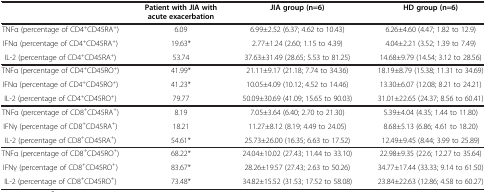
<table><thead><tr><td><b> </b></td><td><b>Patient with JIA with acute exacerbation</b></td><td><b>JIA group (n=6)</b></td><td><b>HD group (n=6)</b></td></tr></thead><tbody><tr><td>TNFα (percentage of CD4<sup>+</sup>CD45RA<sup>+</sup>)</td><td>6.09</td><td>6.99±2.52 (6.37; 4.62 to 10.43)</td><td>6.26±4.60 (4.47; 1.82 to 12.9)</td></tr><tr><td>IFNα (percentage of CD4<sup>+</sup>CD45RA<sup>+</sup>)</td><td>19.63*</td><td>2.77±1.24 (2.60; 1.15 to 4.39)</td><td>4.04±2.21 (3.52; 1.39 to 7.49)</td></tr><tr><td>IL-2 (percentage of CD4<sup>+</sup>CD45RA<sup>+</sup>)</td><td>53.74</td><td>37.63±31.49 (28.65; 5.53 to 81.25)</td><td>14.68±9.79 (14.54; 3.12 to 28.56)</td></tr><tr><td>TNFα (percentage of CD4<sup>+</sup>CD45RO<sup>+</sup>)</td><td>41.99*</td><td>21.11±9.17 (21.18; 7.74 to 34.36)</td><td>18.19±8.79 (15.38; 11.31 to 34.69)</td></tr><tr><td>IFNα (percentage of CD4<sup>+</sup>CD45RO<sup>+</sup>)</td><td>41.23*</td><td>10.05±4.09 (10.12; 4.52 to 14.46)</td><td>13.30±6.07 (12.08; 8.21 to 24.21)</td></tr><tr><td>IL-2 (percentage of CD4<sup>+</sup>CD45RO<sup>+</sup>)</td><td>79.77</td><td>50.09±30.69 (41.09; 15.65 to 90.03)</td><td>31.01±22.65 (24.37; 8.56 to 60.41)</td></tr><tr><td>TNFα (percentage of CD8<sup>+</sup>CD45RA<sup>+</sup>)</td><td>8.19</td><td>7.05±3.64 (6.40; 2.70 to 21.30)</td><td>5.39±4.04 (4.35; 1.44 to 11.80)</td></tr><tr><td>IFNγ (percentage of CD8<sup>+</sup>CD45RA<sup>+</sup>)</td><td>18.21</td><td>11.27±8.12 (8.19; 4.49 to 24.05)</td><td>8.68±5.13 (6.86; 4.61 to 18.20)</td></tr><tr><td>IL-2 (percentage of CD8<sup>+</sup>CD45RA<sup>+</sup>)</td><td>54.61*</td><td>25.73±26.00 (16.35; 6.63 to 17.52)</td><td>12.49±9.45 (8.44; 3.99 to 25.89)</td></tr><tr><td>TNFα (percentage of CD8<sup>+</sup>CD45RO<sup>+</sup>)</td><td>68.22*</td><td>24.04±10.02 (27.43; 11.44 to 33.10)</td><td>22.98±9.35 (22.6; 12.27 to 35.64)</td></tr><tr><td>IFNγ (percentage of CD8<sup>+</sup>CD45RO<sup>+</sup>)</td><td>83.67*</td><td>28.26±19.57 (27.43; 2.63 to 50.26)</td><td>34.77±17.44 (33.33; 9.14 to 61.50)</td></tr><tr><td>IL-2 (percentage of CD8<sup>+</sup>CD45RO<sup>+</sup>)</td><td>73.48*</td><td>34.82±15.52 (31.53; 17.52 to 58.08)</td><td>23.84±22.63 (12.86; 4.58 to 60.27)</td></tr></tbody></table>